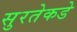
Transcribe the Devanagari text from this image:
सुरतेकडे